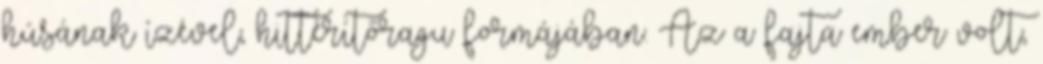
húsának ízével, hittérítőragu formájában. Az a fajta ember volt,